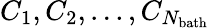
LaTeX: C_{1},C_{2},...,C_{N_{\mathrm{bath}}}